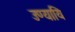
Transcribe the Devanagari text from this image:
उण्यायि